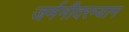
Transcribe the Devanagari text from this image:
जर्मनीदरम्यान